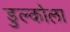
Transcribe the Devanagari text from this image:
डुल्कोला